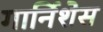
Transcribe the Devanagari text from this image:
गार्निशेस